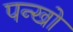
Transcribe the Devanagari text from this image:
पन्खो